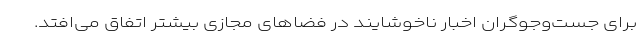
برای جست‌و‌جوگران اخبار ناخوشایند در فضاهای مجازی بیشتر اتفاق می‌افتد.